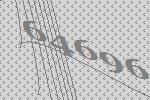
64696